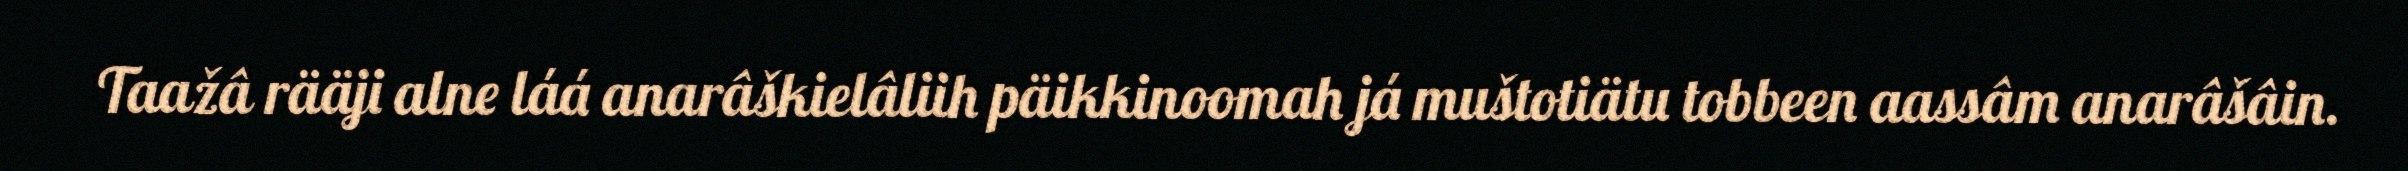
Taažâ rääji alne láá anarâškielâliih päikkinoomah já muštotiätu tobbeen aassâm anarâšâin.